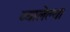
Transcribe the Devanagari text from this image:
व्यालेल्या